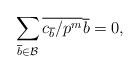
LaTeX: \begin{align*}\sum_{\overline{b} \in \mathcal{B}} \overline{c_{\overline{b}}/p^m} \overline{b}=0,\end{align*}